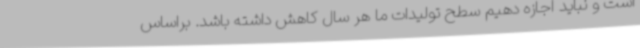
است و نباید اجازه دهیم سطح تولیدات ما هر سال کاهش داشته باشد. براساس